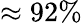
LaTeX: \approx 92\%